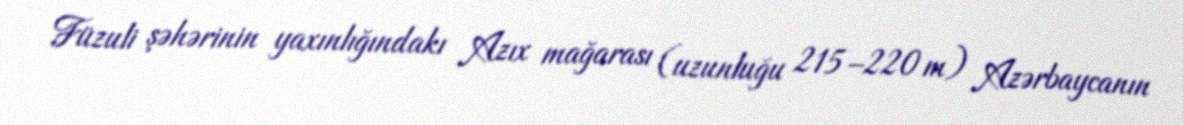
Füzuli şəhərinin yaxınlığındakı Azıx mağarası (uzunluğu 215–220 m) Azərbaycanın